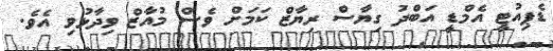
ޑެޕިއުޓީ އެމްޑީ އަބްދު ގިޔާސް ރިޔާޒް ކަމަށް ވެސް މުއާޒް ވިދާޅުވި އެވެ.